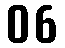
06